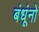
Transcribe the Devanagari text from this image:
बंधूंनो